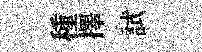
種擇試